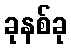
ခုနစ်ခု